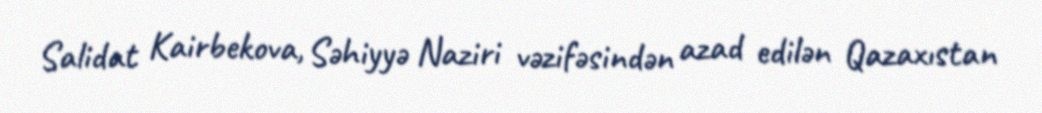
Salidat Kairbekova, Səhiyyə Naziri vəzifəsindən azad edilən Qazaxıstan